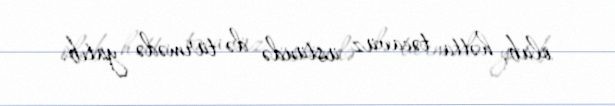
olub, hətta təcavüz üstündə də türmədə yatıb.